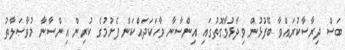
ބަސް ދިރާސާކުރައްވާ ބޭފުޅުން ވިދާޅުވާގޮތުގައި އިންސާނާ ވާހަކަދައްކަން ފެށުމުގެ ކުރިން އިންސާނާ މުވާޞަލާތު